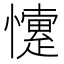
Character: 懥